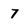
Character: 7